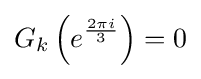
G_{k}\left(e^{\frac {2\pi i}{3}}\right)=0